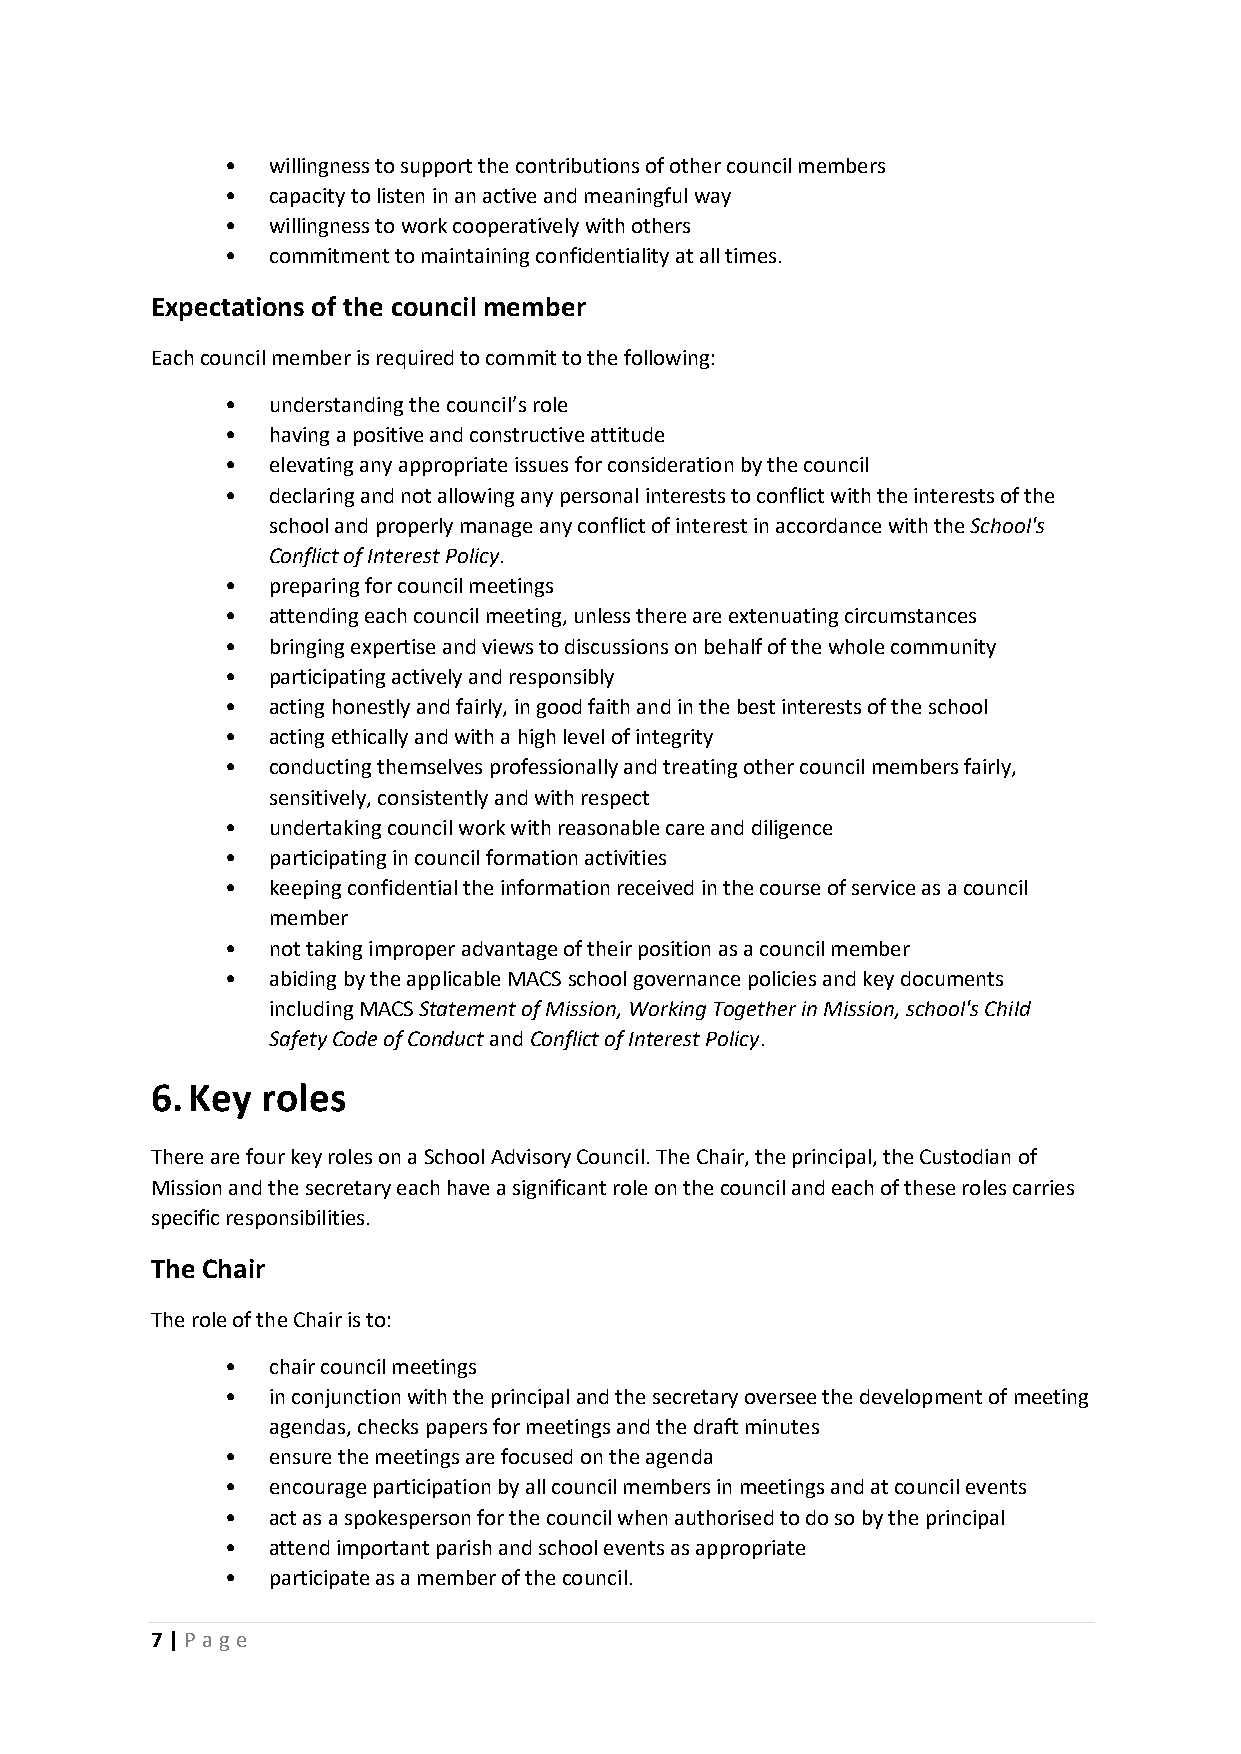
•  willingness to support the contributions of other council members
 •  capacity to listen in an active and meaningful way
 •  willingness to work cooperatively with others
 •  commitment to maintaining confidentiality at all times.
 Expectations of the council member
 Each council member is required to commit to the following:
 •  understanding the council’s role
 •  having a positive and constructive attitude
 •  elevating any appropriate issues for consideration by the council
 •  declaring and not allowing any personal interests to conflict with the interests of the
 school and properly manage any conflict of interest in accordance with the School's
 Conflict of Interest Policy.
 •  preparing for council meetings
 •  attending each council meeting, unless there are extenuating circumstances
 •  bringing expertise and views to discussions on behalf of the whole community
 •  participating actively and responsibly
 •  acting honestly and fairly, in good faith and in the best interests of the school
 •  acting ethically and with a high level of integrity
 •  conducting themselves professionally and treating other council members fairly,
 sensitively, consistently and with respect
 •  undertaking council work with reasonable care and diligence
 •  participating in council formation activities
 •  keeping confidential the information received in the course of service as a council
 member
 •  not taking improper advantage of their position as a council member
 •  abiding by the applicable MACS school governance policies and key documents
 including MACS Statement of Mission, Working Together in Mission, school's Child
 Safety Code of Conduct and Conflict of Interest Policy.
 6. Key roles
 There are four key roles on a School Advisory Council. The Chair, the principal, the Custodian of
 Mission and the secretary each have a significant role on the council and each of these roles carries
 specific responsibilities.
 The Chair
 The role of the Chair is to:
 •  chair council meetings
 •  in conjunction with the principal and the secretary oversee the development of meeting
 agendas, checks papers for meetings and the draft minutes
 •  ensure the meetings are focused on the agenda
 •  encourage participation by all council members in meetings and at council events
 •  act as a spokesperson for the council when authorised to do so by the principal
 •  attend important parish and school events as appropriate
 •  participate as a member of the council.
 7 | Page